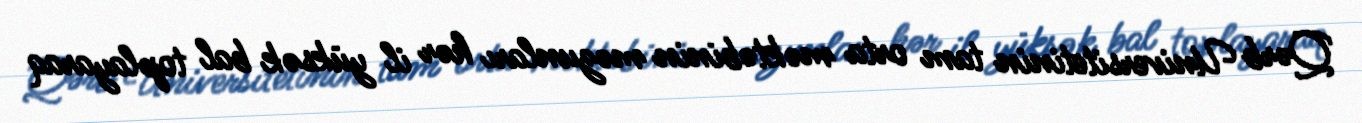
Qərb Universitetinin tam orta məktəbinin məzunları hər il yüksək bal toplayaraq